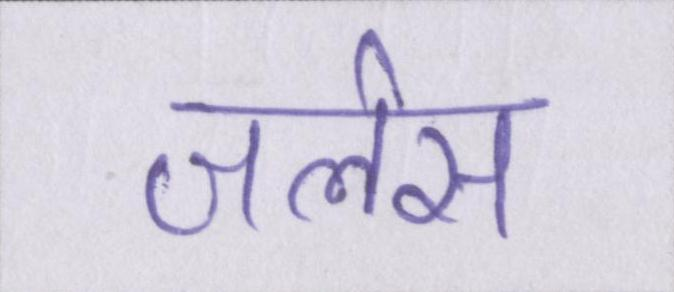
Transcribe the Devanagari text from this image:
जलेस